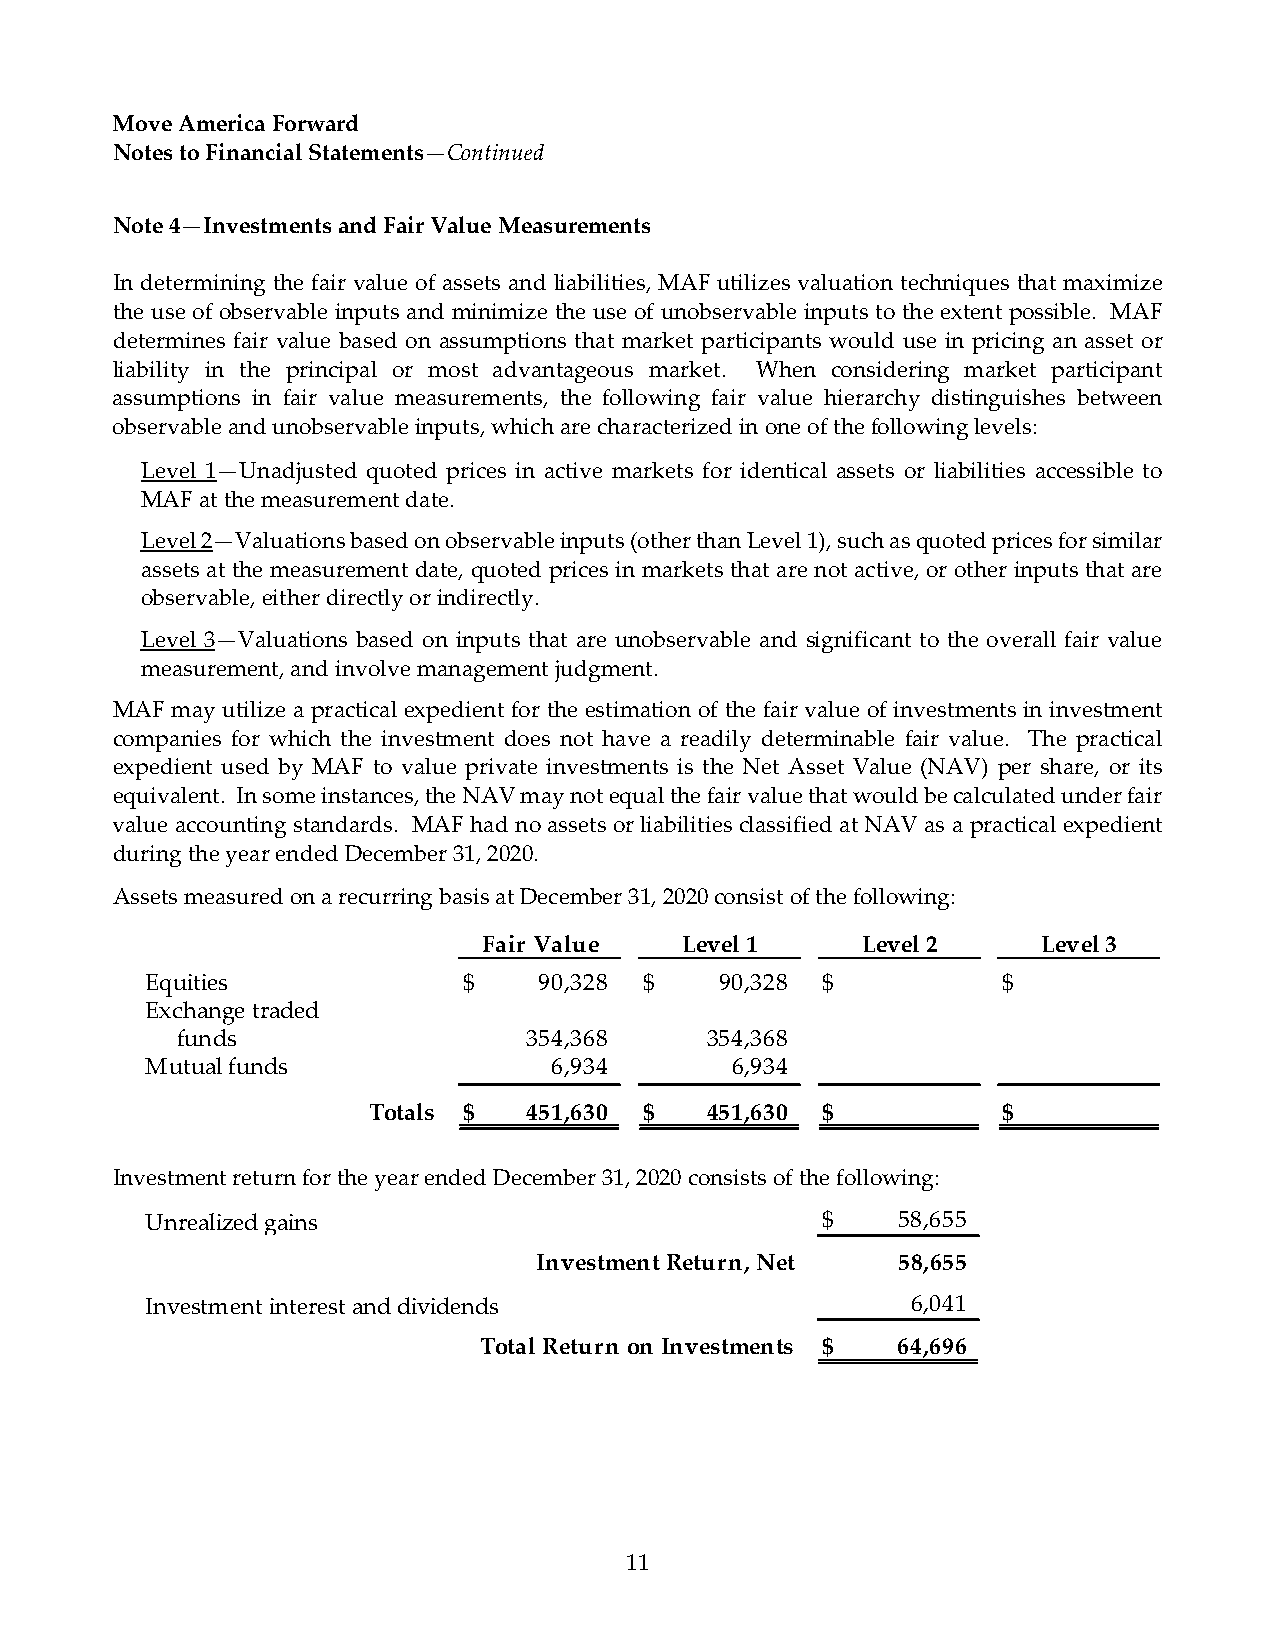
Move America Forward
 Notes to Financial Statements—Continued
 Note 4—Investments and Fair Value Measurements
 In determining the fair value of assets and liabilities, MAF utilizes valuation techniques that maximize
 the use of observable inputs and minimize the use of unobservable inputs to the extent possible. MAF
 determines fair value based on assumptions that market participants would use in pricing an asset or
 liability in the principal or most advantageous market. When considering market participant
 assumptions in fair value measurements, the following fair value hierarchy distinguishes between
 observable and unobservable inputs, which are characterized in one of the following levels:
 Level 1—Unadjusted quoted prices in active markets for identical assets or liabilities accessible to
 MAF at the measurement date.
 Level 2—Valuations based on observable inputs (other than Level 1), such as quoted prices for similar
 assets at the measurement date, quoted prices in markets that are not active, or other inputs that are
 observable, either directly or indirectly.
 Level 3—Valuations based on inputs that are unobservable and significant to the overall fair value
 measurement, and involve management judgment.
 MAF may utilize a practical expedient for the estimation of the fair value of investments in investment
 companies for which the investment does not have a readily determinable fair value. The practical
 expedient used by MAF to value private investments is the Net Asset Value (NAV) per share, or its
 equivalent. In some instances, the NAV may not equal the fair value that would be calculated under fair
 value accounting standards. MAF had no assets or liabilities classified at NAV as a practical expedient
 during the year ended December 31, 2020.
 Assets measured on a recurring basis at December 31, 2020 consist of the following:
 Fair Value   Level 1     Level 2     Level 3
 Equities             $    90,328 $    90,328 $          $
 Exchange traded
 funds                  354,368     354,368
 Mutual funds               6,934      6,934
 Totals $   451,630 $   451,630 $          $
 Investment return for the year ended December 31, 2020 consists of the following:
 Unrealized gains                            $    58,655
 Investment Return, Net  58,655
 Investment interest and dividends                 6 ,041
 Total Return on Investments $ 64,696
 11